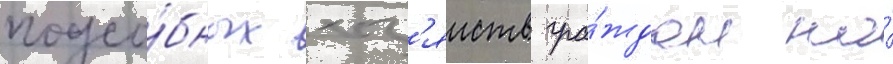
подсо́бных хоз'яиств гра́ждан на́